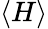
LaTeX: \langle H\rangle